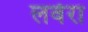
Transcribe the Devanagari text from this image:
लवेरा